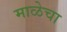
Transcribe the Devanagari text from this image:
माळेचा